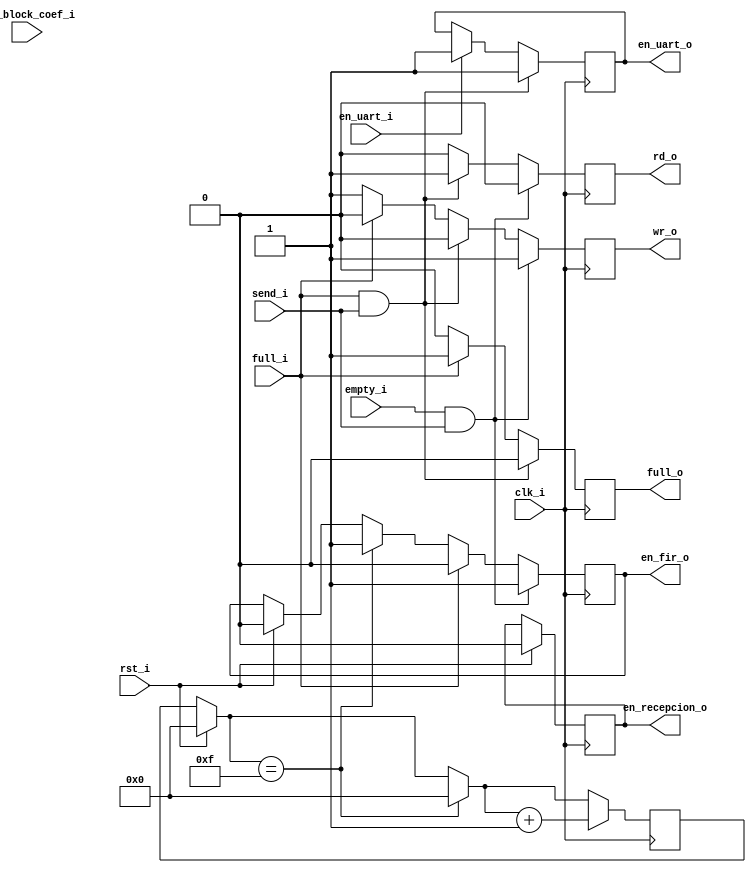
module control(
    input clk_i,
    input rst_i,    
    input en_uart_i, // pulsador : hablilitar escritura en la UART 
    input send_i,    // pulsador : inicia la transmision de datos a la PC                  
    input full_i,    // proveniente de la FIFO : indica que esta llena    
    input empty_i,   // proveniente de la FIFO : indica que esta vacia
    
    input fin_block_coef_i, // Ya se cargaron todos los coeficientes 
    //input c_listo_i, // proveniente de 8a12 : p/contar los coeficientes
     
    output en_recepcion_o, // habilita el almacenamiento de coeficientes(8_12 y block_coef)
    output full_o,       // enciende un LED del kit p/indicar memoria llena
    
    output en_uart_o,// habilita escritura y transmision en la UART
    output wr_o,     // habilita la escritura de la FIFO
    output rd_o,     // habilita la lectura de la FIFO    
    output en_fir_o  // habilita el filtro FIR
    );
    
    // UART
    reg uart_o;
    reg enable; 
    reg [4:0] contC;
    // FIFO
    reg write;
    reg read;
    reg led;
    //COEF
    reg en_rx;
    // FIR
    reg en_fir;
    
    // UART
    assign en_uart_o = uart_o;
    // FIFO
    assign wr_o   = write;
    assign rd_o   = read;
    assign full_o = led;
    // COEFF
    assign en_recepcion_o = en_rx;
    //FIR
    assign en_fir_o =en_fir;
    
    always @(posedge clk_i) begin
        if (rst_i) begin
            contC  =0;
            enable =0;
            led    =0;
            en_fir =0;
            en_rx=0;
        // habilitar escritura de la UART y coeff
        end if (en_uart_i) begin 
            enable =1;
            uart_o =(enable)? 1 : 0;
            en_coef =(enable)? 1 : 0;
        // deshabilitar escritura de la UART cuando se ingresen los 16 coeficientes , coeff y habilitar el filtro FIR
        end if (contC==15) begin 
            enable =0;
            contC  =0;
            en_fir=1;
        // contar los 16 coeficientes
        end if (c_listo_i) begin // c_listo_i es 1 duranto 1 tiempo de clock 
            contC =contC+1;
        // si full_i no esta llena se habilita la escritura 
        end if (!full_i) begin
            write =1;
            read  =0;
            led   =0;                 
        // si full_i esta llena se deshabilita la escritura de la FIFO y deshabilita FIR
        end if (full_i) begin
            write =0;
            read  =0;
            led   =1; // puede salir de la FIFO
            en_fir=0;
        // si se pulsa send_i mientras la memoria esta llena -> se activa la lectura y se apaga el led
        end if (full_i && send_i) begin
            write =0;
            read  =1;
            uart_o=1; // se habilita la UART p-transmision
            led   =0;
        // si se pulsa send_i mientras la memoria esta vacia -> se activa la escritura y el filtro FIR
        end if (empty_i && send_i) begin
            write =1;
            read  =0;
            en_fir=1;
        end
    
    end
    
endmodule